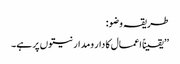
طریقہ وضو:
’’یقیناً اعمال کا دار ومدار نیتوں پر ہے۔